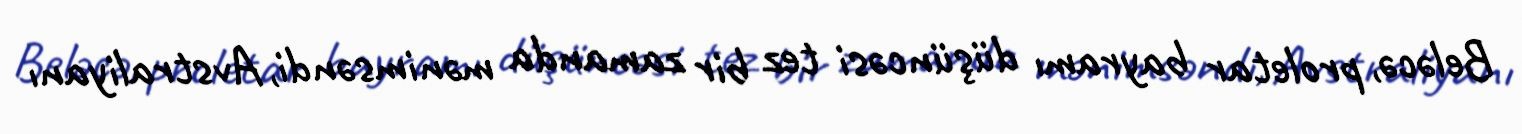
Beləcə, proletar bayramı düşüncəsi tez bir zamanda mənimsəndi, Avstraliyanı